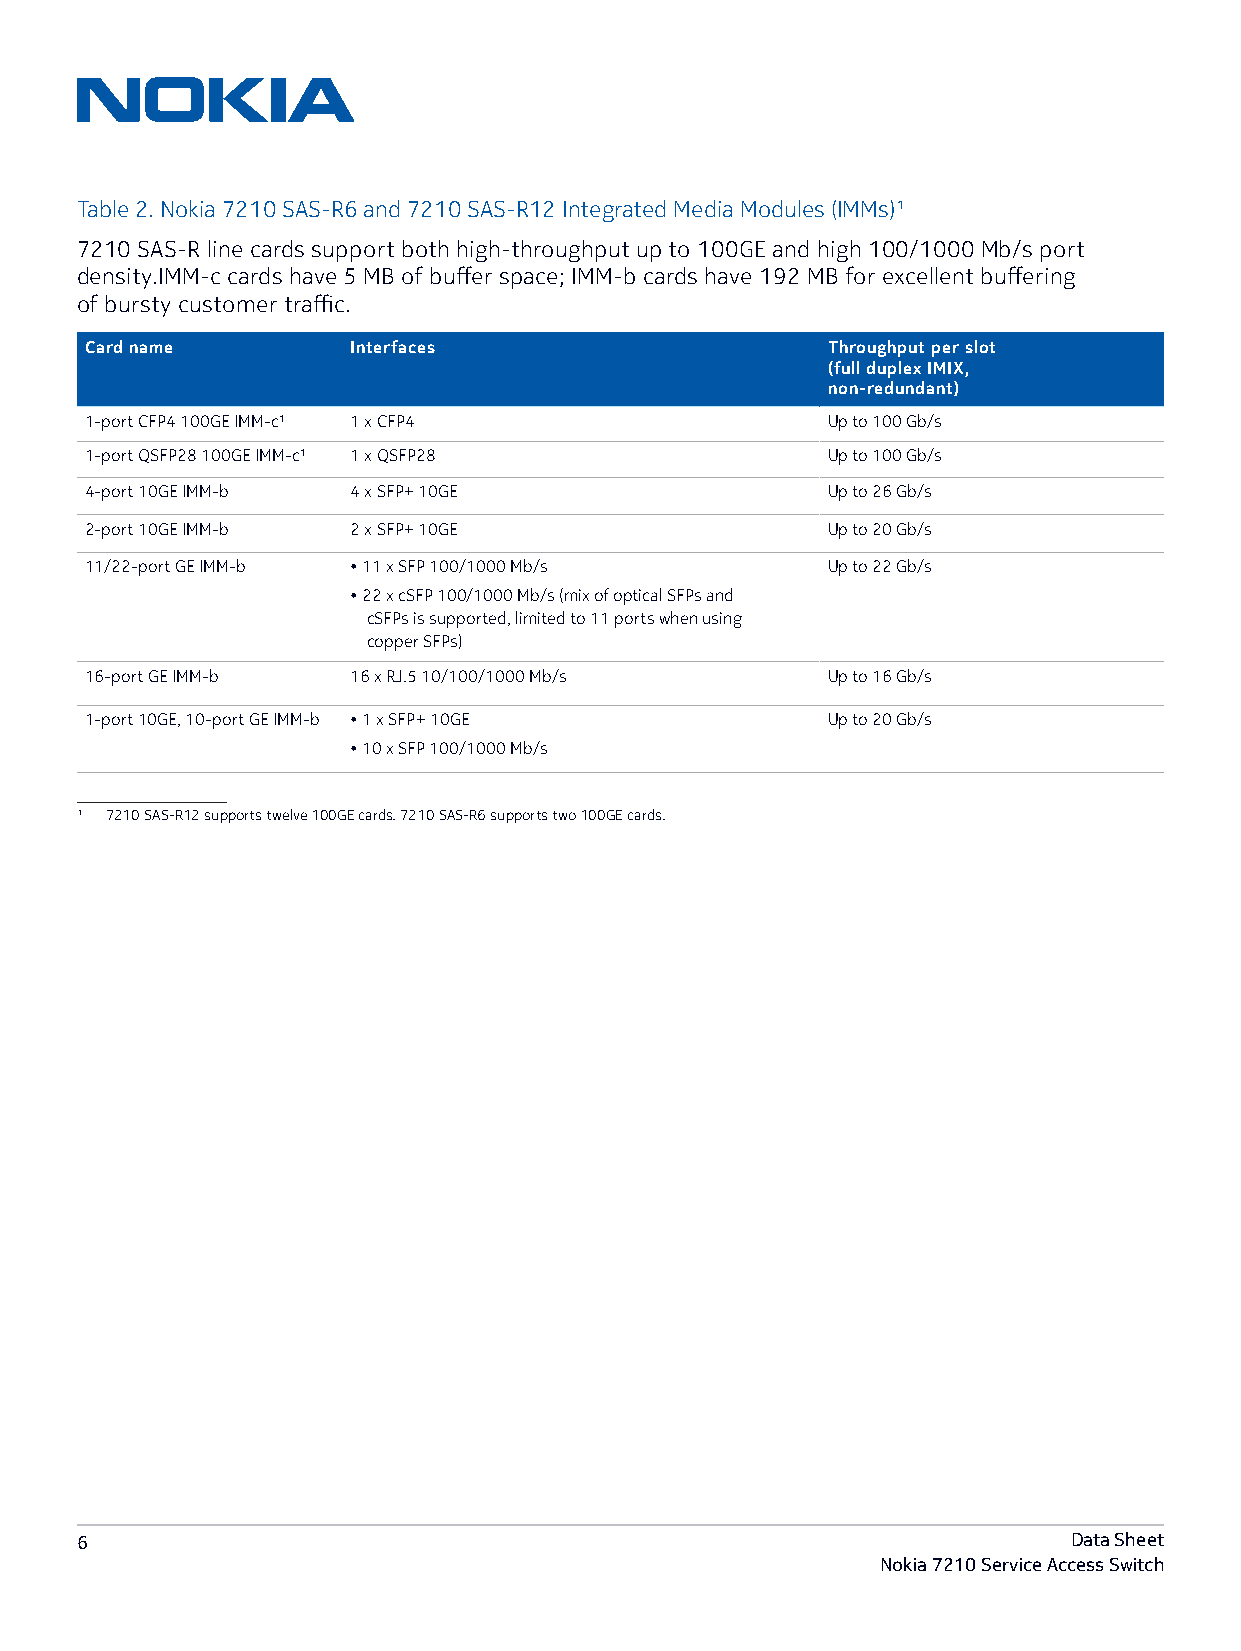
Table 2. Nokia 7210 SAS-R6 and 7210 SAS-R12 Integrated Media Modules (IMMs)1
 7210 SAS-R line cards support both high-throughput up to 100GE and high 100/1000 Mb/s port
 density.IMM-c cards have 5 MB of buffer space; IMM-b cards have 192 MB for excellent buffering
 of bursty customer traffic.
 Card name        Interfaces                      Throughput per slot
 (full duplex IMIX,
 non-redundant)
 1-port CFP4 100GE IMM-c1 1 x CFP4                Up to 100 Gb/s
 1-port QSFP28 100GE IMM-c1 1 x QSFP28            Up to 100 Gb/s
 4-port 10GE IMM-b 4 x SFP+ 10GE                  Up to 26 Gb/s
 2-port 10GE IMM-b 2 x SFP+ 10GE                  Up to 20 Gb/s
 11/22-port GE IMM-b • 11 x SFP 100/1000 Mb/s     Up to 22 Gb/s
 • 22 x cSFP 100/1000 Mb/s (mix of optical SFPs and
 cSFPs is supported, limited to 11 ports when using
 copper SFPs)
 16-port GE IMM-b 16 x RJ.5 10/100/1000 Mb/s      Up to 16 Gb/s
 1-port 10GE, 10-port GE IMM-b • 1 x SFP+ 10GE    Up to 20 Gb/s
 • 10 x SFP 100/1000 Mb/s
 1 7210 SAS-R12 supports twelve 100GE cards. 7210 SAS-R6 supports two 100GE cards.
 6                                                                 Data Sheet
 Nokia 7210 Service Access Switch